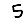
Digit: 5